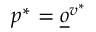
p ^ { * } = \underline { o } ^ { v ^ { * } }